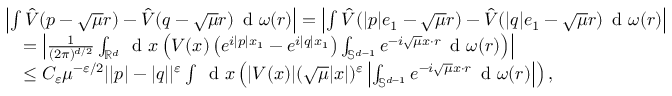
\begin{array} { r l } & { \left\vert \int \hat { V } ( p - \sqrt { \mu } r ) - \hat { V } ( q - \sqrt { \mu } r ) \, \textnormal { d } \omega ( r ) \right\vert = \left\vert \int \hat { V } ( \vert p \vert e _ { 1 } - \sqrt { \mu } r ) - \hat { V } ( \vert q \vert e _ { 1 } - \sqrt { \mu } r ) \, \textnormal { d } \omega ( r ) \right\vert } \\ & { \quad = \left\vert \frac { 1 } { ( 2 \pi ) ^ { d / 2 } } \int _ { \mathbb { R } ^ { d } } \, \textnormal { d } x \left( V ( x ) \left( e ^ { i \vert p \vert x _ { 1 } } - e ^ { i \vert q \vert x _ { 1 } } \right) \int _ { \mathbb { S } ^ { d - 1 } } e ^ { - i \sqrt { \mu } x \cdot r } \, \textnormal { d } \omega ( r ) \right) \right\vert } \\ & { \quad \leq C _ { \varepsilon } \mu ^ { - \varepsilon / 2 } | \vert p \vert - \vert q \vert | ^ { \varepsilon } \int \, \textnormal { d } x \left( | V ( x ) | ( \sqrt { \mu } | x | ) ^ { \varepsilon } \left\vert \int _ { \mathbb { S } ^ { d - 1 } } e ^ { - i \sqrt { \mu } x \cdot r } \, \textnormal { d } \omega ( r ) \right\vert \right) , } \end{array}